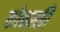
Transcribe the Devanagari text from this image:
कोबस्की